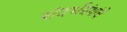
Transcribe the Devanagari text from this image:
संदर्भग्रंथांचे